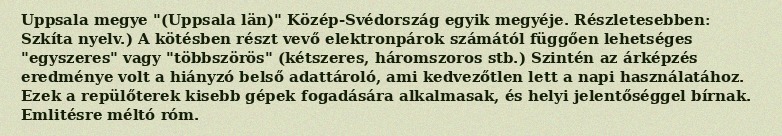
Uppsala megye "(Uppsala län)" Közép-Svédország egyik megyéje. Részletesebben: Szkíta nyelv.) A kötésben részt vevő elektronpárok számától függően lehetséges "egyszeres" vagy "többszörös" (kétszeres, háromszoros stb.) Szintén az árképzés eredménye volt a hiányzó belső adattároló, ami kedvezőtlen lett a napi használatához. Ezek a repülőterek kisebb gépek fogadására alkalmasak, és helyi jelentőséggel bírnak. Emlitésre méltó róm.